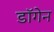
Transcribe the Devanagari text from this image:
डॉगेन